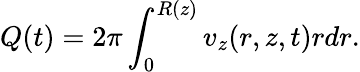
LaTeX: Q(t)=2\pi\int_{0}^{R(z)}v_{z}(r,z,t)rdr.